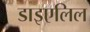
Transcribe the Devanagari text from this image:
डाइएलिल